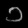
Digit: ၁